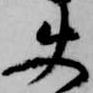
使